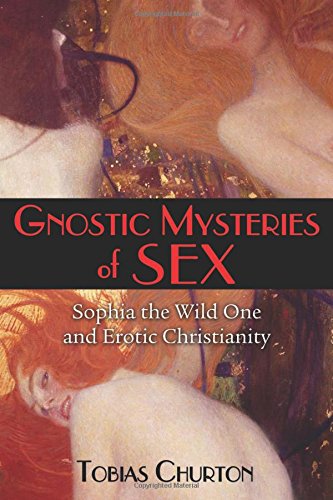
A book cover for Gnostic Mysteries of Sex: Sophia the Wild One and Erotic Christianity; Tobias Churton; Christian Books & Bibles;